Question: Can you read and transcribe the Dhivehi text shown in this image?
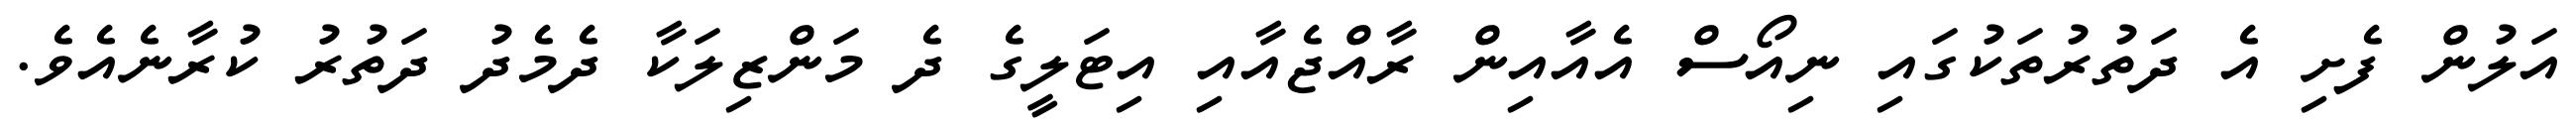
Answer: އަލުން ފެށި އެ ދަތުރުތަކުގައި ނިއޯސް އެއާއިން ރާއްޖެއާއި އިޓަލީގެ ދެ މަންޒިލަކާ ދެމެދު ދަތުރު ކުރާނެއެވެ.